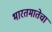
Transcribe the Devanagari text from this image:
भारतमातेचा